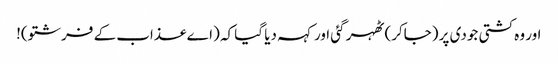
اور وہ کشتی جودی پر (جاکر) ٹھہر گئی اور کہہ دیا گیا کہ (اے عذاب کے فرشتو)!